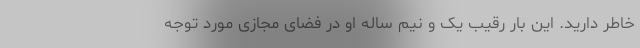
خاطر دارید. این بار رقیب یک و نیم ساله او در فضای مجازی مورد توجه